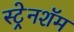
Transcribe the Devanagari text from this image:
स्ट्रेनशॅम